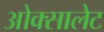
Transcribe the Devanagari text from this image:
ओक्सालेट